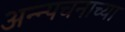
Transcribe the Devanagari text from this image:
अन्न्पचनाच्या